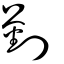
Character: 劉